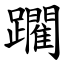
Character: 躙